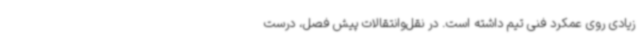
زیادی روی عمکرد فنی تیم داشته است. در نقل‌وانتقالات پیش فصل، درست